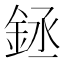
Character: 𰼬